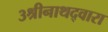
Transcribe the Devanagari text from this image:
३श्रीनाथद्वारा